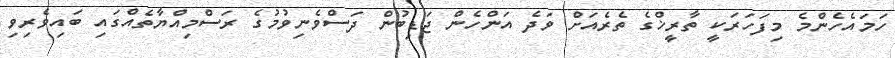
ހަމައެހެންމެ މިފަހަރަކީ ތާރީޚްގެ ތެރެއަށް ވަދެ އަންހެން ޖަޑިބުން ދަސްވެނިވުމުގެ ރަސްމިއްޔާތެއްގައި ބައިވެރިވި